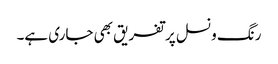
رنگ ونسل پر تفریق بھی جاری ہے۔